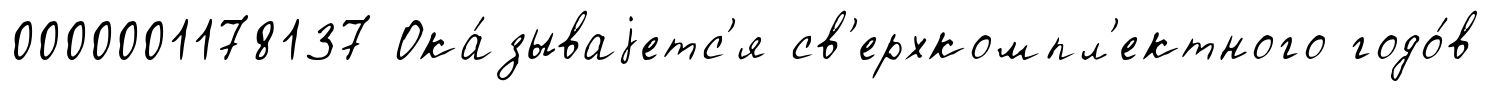
0000001178137 Ока́зываjетс'я св'ерхкомпл'ектного годо́в